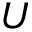
U